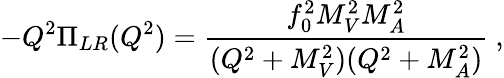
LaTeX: -Q^{2}\Pi_{LR}(Q^{2})=\frac{f_{0}^{2}M_{V}^{2}M_{A}^{2}}{(Q^{2}+M_{V}^{2})(Q^{2}+M_{A}^{2})}\ ,